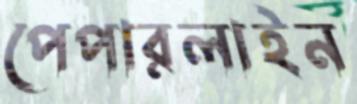
পেপারলাইন